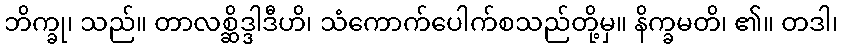
ဘိက္ခု၊ သည်။ တာလစ္ဆိဒ္ဒါဒီဟိ၊ သံကောက်ပေါက်စသည်တို့မှ။ နိက္ခမတိ၊ ၏။ တဒါ၊